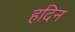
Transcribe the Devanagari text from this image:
हदिन